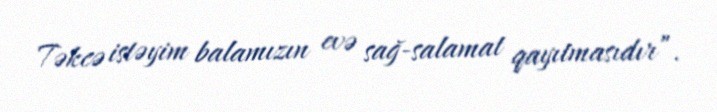
Təkcə istəyim balamızın evə sağ-salamat qayıtmasıdır”.